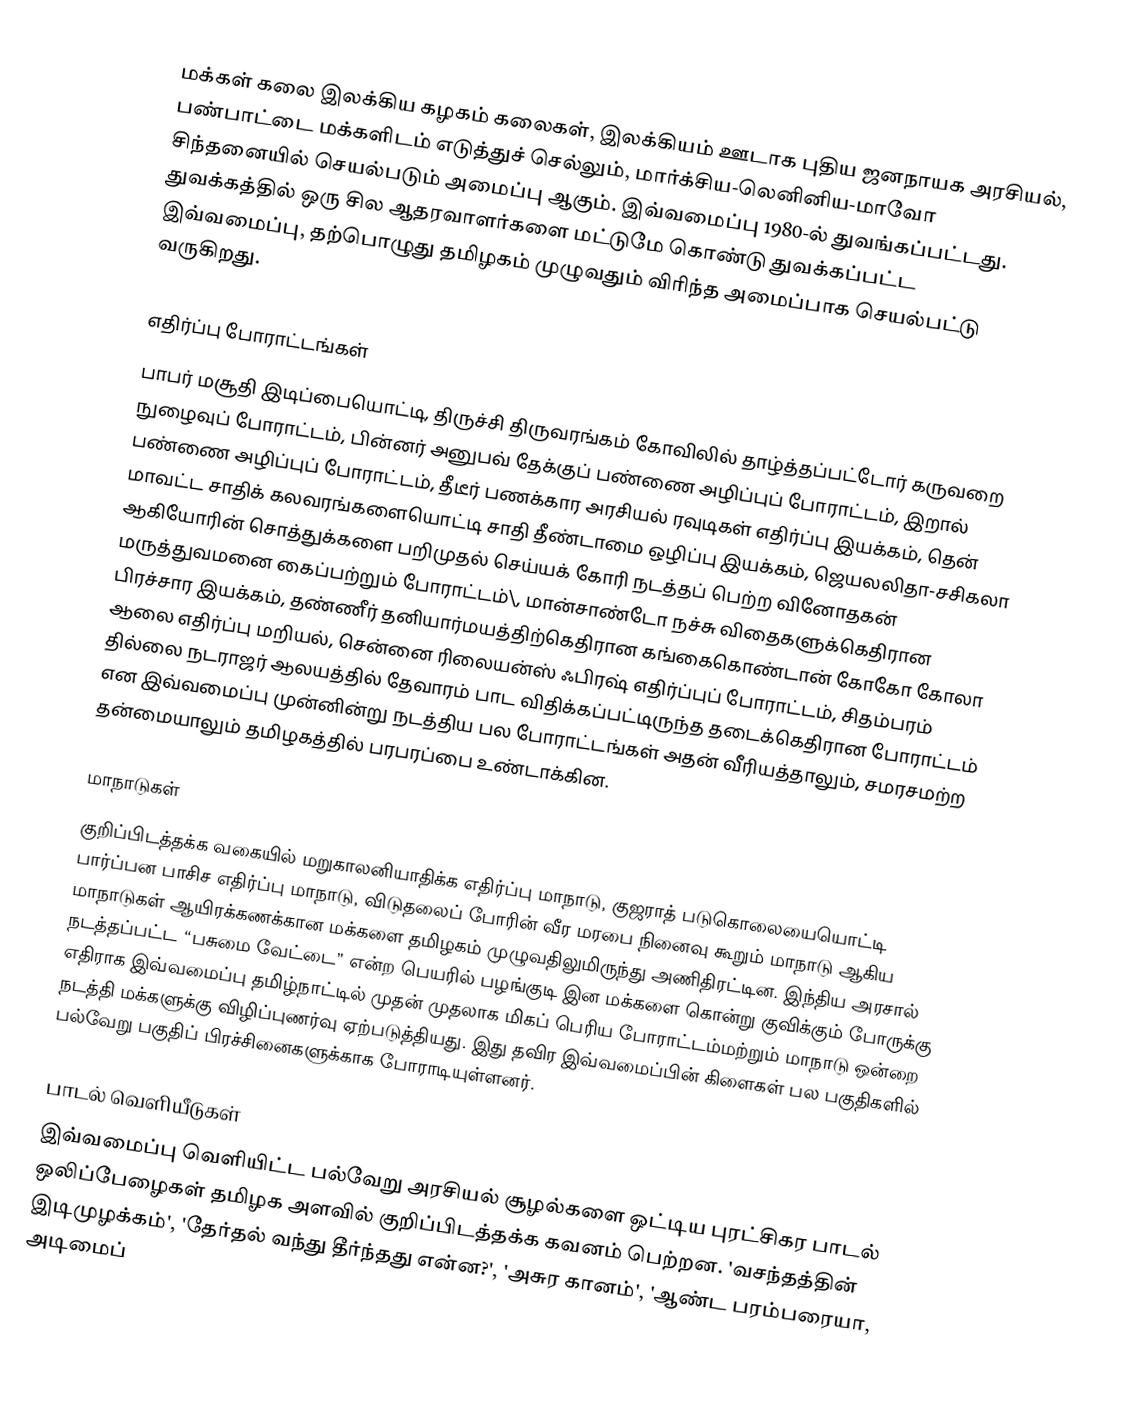
மக்கள் கலை இலக்கிய கழகம் கலைகள், இலக்கியம் ஊடாக புதிய ஜனநாயக அரசியல், பண்பாட்டை மக்களிடம் எடுத்துச் செல்லும், மார்க்சிய-லெனினிய-மாவோ சிந்தனையில் செயல்படும் அமைப்பு ஆகும். இவ்வமைப்பு 1980-ல் துவங்கப்பட்டது. துவக்கத்தில் ஒரு சில ஆதரவாளர்களை மட்டுமே கொண்டு துவக்கப்பட்ட இவ்வமைப்பு, தற்பொழுது தமிழகம் முழுவதும் விரிந்த அமைப்பாக செயல்பட்டு வருகிறது.

எதிர்ப்பு போராட்டங்கள்
பாபர் மசூதி இடிப்பையொட்டி, திருச்சி திருவரங்கம் கோவிலில் தாழ்த்தப்பட்டோர் கருவறை நுழைவுப் போராட்டம், பின்னர் அனுபவ் தேக்குப் பண்ணை அழிப்புப் போராட்டம், இறால் பண்ணை அழிப்புப் போராட்டம், தீடீர் பணக்கார அரசியல் ரவுடிகள் எதிர்ப்பு இயக்கம், தென் மாவட்ட சாதிக் கலவரங்களையொட்டி சாதி தீண்டாமை ஒழிப்பு இயக்கம், ஜெயலலிதா-சசிகலா ஆகியோரின் சொத்துக்களை பறிமுதல் செய்யக் கோரி நடத்தப் பெற்ற வினோதகன் மருத்துவமனை கைப்பற்றும் போராட்டம்\, மான்சாண்டோ நச்சு விதைகளுக்கெதிரான பிரச்சார இயக்கம், தண்ணீர் தனியார்மயத்திற்கெதிரான கங்கைகொண்டான் கோகோ கோலா ஆலை எதிர்ப்பு மறியல், சென்னை ரிலையன்ஸ் ஃபிரஷ் எதிர்ப்புப் போராட்டம், சிதம்பரம் தில்லை நடராஜர் ஆலயத்தில் தேவாரம் பாட விதிக்கப்பட்டிருந்த தடைக்கெதிரான போராட்டம் என இவ்வமைப்பு முன்னின்று நடத்திய பல போராட்டங்கள் அதன் வீரியத்தாலும், சமரசமற்ற தன்மையாலும் தமிழகத்தில் பரபரப்பை உண்டாக்கின.

மாநாடுகள்
குறிப்பிடத்தக்க வகையில் மறுகாலனியாதிக்க எதிர்ப்பு மாநாடு, குஜராத் படுகொலையையொட்டி பார்ப்பன பாசிச எதிர்ப்பு மாநாடு, விடுதலைப் போரின் வீர மரபை நினைவு கூறும் மாநாடு ஆகிய மாநாடுகள் ஆயிரக்கணக்கான மக்களை தமிழகம் முழுவதிலுமிருந்து அணிதிரட்டின. இந்திய அரசால் நடத்தப்பட்ட “பசுமை வேட்டை” என்ற பெயரில் பழங்குடி இன மக்களை கொன்று குவிக்கும் போருக்கு எதிராக இவ்வமைப்பு தமிழ்நாட்டில் முதன் முதலாக மிகப் பெரிய போராட்டம்மற்றும் மாநாடு ஒன்றை நடத்தி மக்களுக்கு விழிப்புணர்வு ஏற்படுத்தியது. இது தவிர இவ்வமைப்பின் கிளைகள் பல பகுதிகளில் பல்வேறு பகுதிப் பிரச்சினைகளுக்காக போராடியுள்ளனர்.

பாடல் வெளியீடுகள்
இவ்வமைப்பு வெளியிட்ட பல்வேறு அரசியல் சூழல்களை ஒட்டிய புரட்சிகர பாடல் ஒலிப்பேழைகள் தமிழக அளவில் குறிப்பிடத்தக்க கவனம் பெற்றன. 'வசந்தத்தின் இடிமுழக்கம்', 'தேர்தல் வந்து தீர்ந்தது என்ன?', 'அசுர கானம்', 'ஆண்ட பரம்பரையா, அடிமைப்